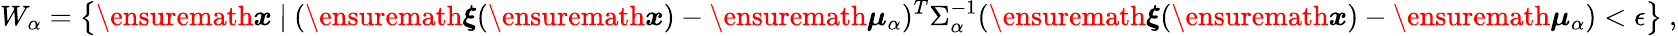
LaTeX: W_{\alpha}=\left\{ \ensuremath{\boldsymbol{{x}}}\ |\ (\ensuremath{\boldsymbol{\xi}}(\ensuremath{\boldsymbol{{x}}})-\ensuremath{\boldsymbol{\mu}}_{\alpha})^{T}\Sigma_{\alpha}^{-1}(\ensuremath{\boldsymbol{\xi}}(\ensuremath{\boldsymbol{{x}}})-\ensuremath{\boldsymbol{\mu}}_{\alpha})<\epsilon\right\} \ ,